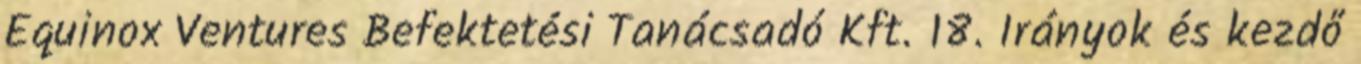
Equinox Ventures Befektetési Tanácsadó Kft. 18. Irányok és kezdő